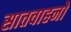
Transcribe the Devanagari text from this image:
सातवाहनो